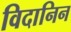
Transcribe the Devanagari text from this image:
विदानिन